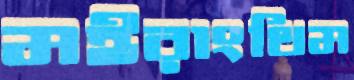
মইরাংথিম